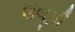
ઉલૂપી